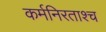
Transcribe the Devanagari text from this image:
कर्मनिरताश्च